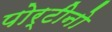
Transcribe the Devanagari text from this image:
पोर्टीनो